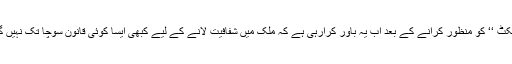
حکومت ایک ’’انکوئرای کمیشن ایکٹ ‘‘ کو منظور کرانے کے بعد اب یہ باور کرارہی ہے کہ ملک میں شفافیت لانے کے لیے کبھی ایسا کوئی قانون سوچا تک نہیں گیا جو اُس نے منظور بھی کرا دیا۔